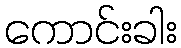
ကောင်းခါး